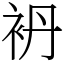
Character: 袇